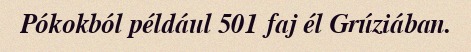
Pókokból például 501 faj él Grúziában.